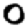
Digit: 0